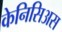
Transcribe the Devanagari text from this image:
केनिसिअस